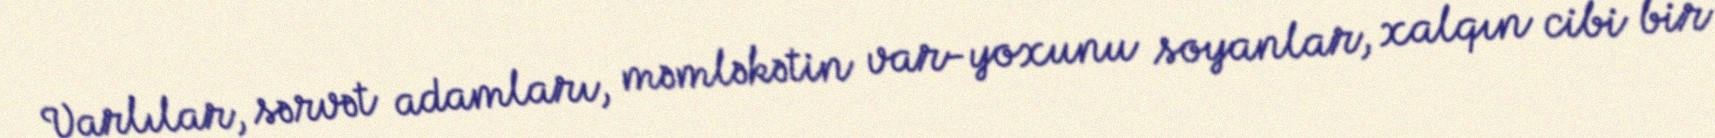
Varlılar, sərvət adamları, məmləkətin var-yoxunu soyanlar, xalqın cibi bir